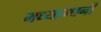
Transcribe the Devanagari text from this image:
मध्यान्धनी